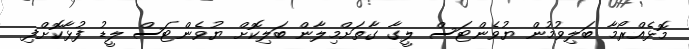
މޮޅެއްރޯމާ ބަލިވުމުން ޔުވެންޓަސް ލީގާ ގާތަށްމިލާން ބަލިކޮށް ޔުވެންޓަސް ލީޑު ފުޅާކޮށްފި